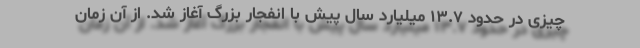
چیزی در حدود ۱۳.۷ میلیارد سال پیش با انفجار بزرگ آغاز شد. از آن زمان